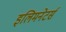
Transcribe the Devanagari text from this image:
इलिमनेटर्स